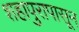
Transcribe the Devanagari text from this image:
शहापुरापासून